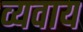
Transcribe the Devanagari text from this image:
व्यवाय